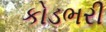
કોડભરી